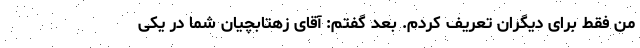
من فقط برای دیگران تعریف کردم. بعد گفتم: آقای زهتابچیان شما در یکی